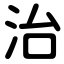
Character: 治